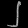
Digit: ၂